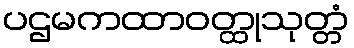
ပဌမကထာဝတ္ထုသုတ္တံ